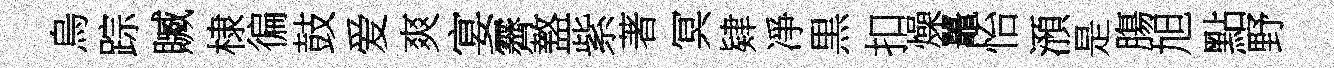
烏踪贓棣徧鼓爱爽宴霽盩紫著冥肄凈黒扣燥鼉怡澦是膓旭點野